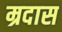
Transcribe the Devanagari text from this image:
म्रदास